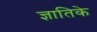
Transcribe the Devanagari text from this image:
ज्ञातिके